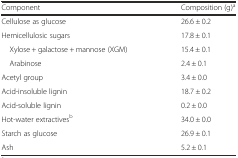
<table><thead><tr><td><b>Component</b></td><td><b>Composition (g)<sup>a</sup></b></td></tr></thead><tbody><tr><td>Cellulose as glucose</td><td>26.6 ± 0.2</td></tr><tr><td>Hemicellulosic sugars</td><td>17.8 ± 0.1</td></tr><tr><td> Xylose + galactose + mannose (XGM)</td><td>15.4 ± 0.1</td></tr><tr><td> Arabinose</td><td>2.4 ± 0.1</td></tr><tr><td>Acetyl group</td><td>3.4 ± 0.0</td></tr><tr><td>Acid-insoluble lignin</td><td>18.7 ± 0.2</td></tr><tr><td>Acid-soluble lignin</td><td>0.2 ± 0.0</td></tr><tr><td>Hot-water extractives<sup>b</sup></td><td>34.0 ± 0.0</td></tr><tr><td>Starch as glucose</td><td>26.9 ± 0.1</td></tr><tr><td>Ash</td><td>5.2 ± 0.1</td></tr></tbody></table>